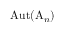
\operatorname { A u t } ( \mathrm { A } _ { n } )